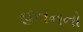
હનનનો